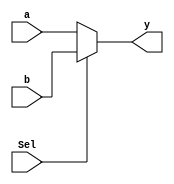
`timescale 1ns / 1ps
//////////////////////////////////////////////////////////////////////////////////
// Company: 
// Engineer: 
// 
// Design Name: 
// Module Name: mux_16bit
// Project Name: 
// Target Devices: 
// Tool Versions: 
// Description: 
// 
// Dependencies: 
// 
// Revision:
// Revision 0.01 - File Created
// Additional Comments:
// 
//////////////////////////////////////////////////////////////////////////////////
module mux_8bit(Sel, a, b, y);
input [7:0]a,b;
input Sel;
output [7:0]y;

assign y = Sel ? b : a;

endmodule